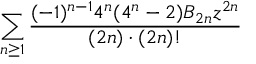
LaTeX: \sum _ { n \geq 1 } { \frac { ( - 1 ) ^ { n - 1 } 4 ^ { n } ( 4 ^ { n } - 2 ) B _ { 2 n } z ^ { 2 n } } { ( 2 n ) \cdot ( 2 n ) ! } }